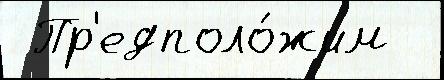
 Пр'едполо́жим